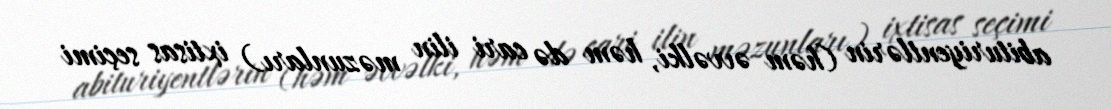
abituriyentlərin (həm əvvəlki, həm də cari ilin məzunları) ixtisas seçimi